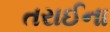
તરાઈના